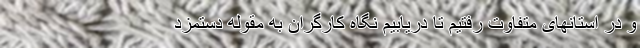
و در استانهای متفاوت رفتیم تا دریابیم نگاه کارگران به مقوله دستمزد